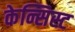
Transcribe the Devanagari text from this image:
केन्सिस्ट